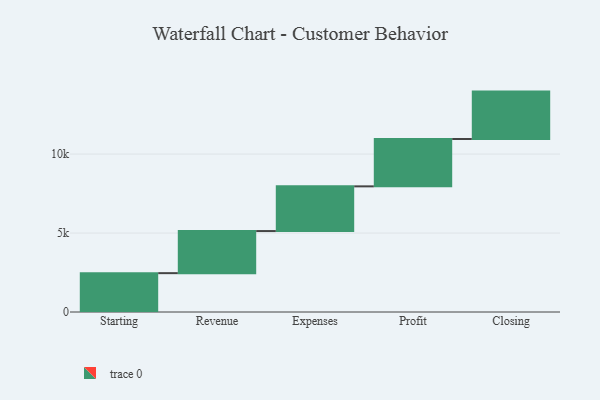
{"axis": {"x": "Step", "y": "Value"}, "legend": [""], "data": [{"x": "Starting", "y": 2460.0, "type": ""}, {"x": "Revenue", "y": 2665.0, "type": ""}, {"x": "Expenses", "y": 2831.0, "type": ""}, {"x": "Profit", "y": 3000, "type": ""}, {"x": "Closing", "y": 3000, "type": ""}]}